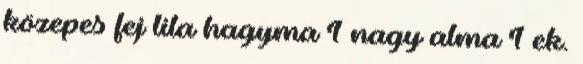
közepes fej lila hagyma 1 nagy alma 1 ek.